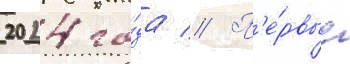
2024 го́да // П'е́рвые